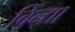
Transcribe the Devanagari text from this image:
बिन्द्या